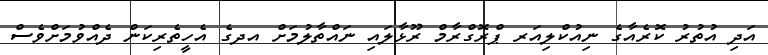
އަދި އުތުރު ކޮރެއާގެ ނިއުކްލިއަރ ޕްރޮގްރާމް ރޫޅާލައި ނައްތާލުމަށް އދގެ އެހީތެރިކަން ދެއްވުމަށްވެސް